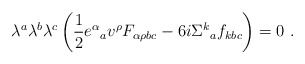
\begin{align*}\lambda^{a}\lambda^{b}\lambda^{c}\left(\frac{1}{2}e^{\alpha}{}_{a} v^{\rho}F_{\alpha\rho b c}- 6 i \Sigma^{k}{}_{a} f_{k b c}\right) = 0\ .\end{align*}